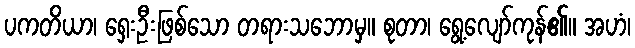
ပကတိယာ၊ ရှေးဦးဖြစ်သော တရားသဘောမှ။ စုတာ၊ ရွေ့လျော်ကုန်၏။ အဟံ၊